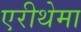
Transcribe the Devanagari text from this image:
एरीथेमा